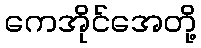
ကေအိုင်အေတို့